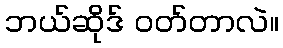
ဘယ်ဆိုဒ် ဝတ်တာလဲ။